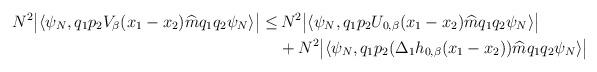
LaTeX: \begin{align*}N^2\big|\langle\psi_N, q_1p_2V_\beta(x_1-x_2)\widehat {m} q_1 q_2\psi_N\rangle\big|\le&\,N^2\big|\langle\psi_N, q_1p_2U_{0,\beta}(x_1-x_2)\widehat {m} q_1 q_2\psi_N\rangle\big| \\&+N^2\big|\langle\psi_N, q_1p_2(\Delta_1h_{0,\beta}(x_1-x_2))\widehat {m} q_1 q_2\psi_N\rangle\big|\end{align*}